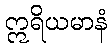
ဣရိယမာနံ